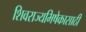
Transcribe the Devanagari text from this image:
शिवराज्यभिषेकासाठी